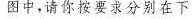
图中，请你按要求分别在下